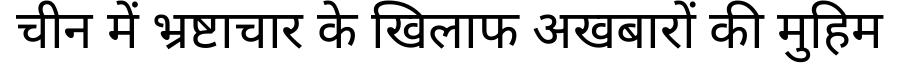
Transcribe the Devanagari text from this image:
चीन में भ्रष्टाचार के खिलाफ अखबारों की मुहिम